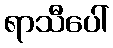
ရာသီပေါ်